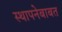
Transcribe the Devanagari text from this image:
स्थापनेबाबत